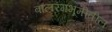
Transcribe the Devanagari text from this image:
बालरंगभूमीतील